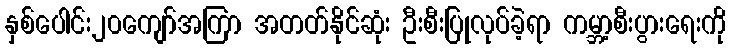
နှစ်ပေါင်း၂၀ကျော်အကြာ အတတ်နိုင်ဆုံး ဦးစီးပြုလုပ်ခဲ့ရာ ကမ္ဘာ့စီးပွားရေးကို